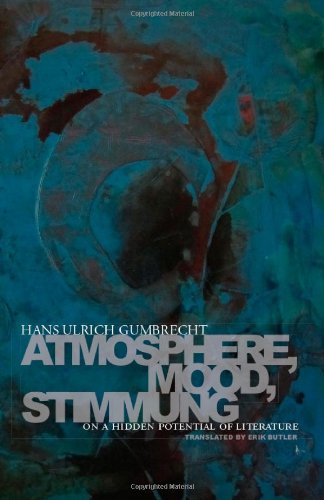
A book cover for Atmosphere, Mood, Stimmung: On a Hidden Potential of Literature; Hans Gumbrecht; Gay & Lesbian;